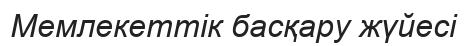
Мемлекеттік басқару жүйесі